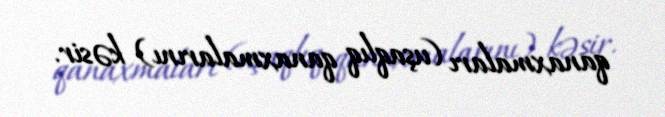
qanaxmaları (uşaqlıq qanaxmalarını) kəsir.